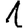
Digit: 1